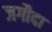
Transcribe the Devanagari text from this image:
जगौदा